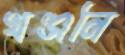
খঞ্জনি